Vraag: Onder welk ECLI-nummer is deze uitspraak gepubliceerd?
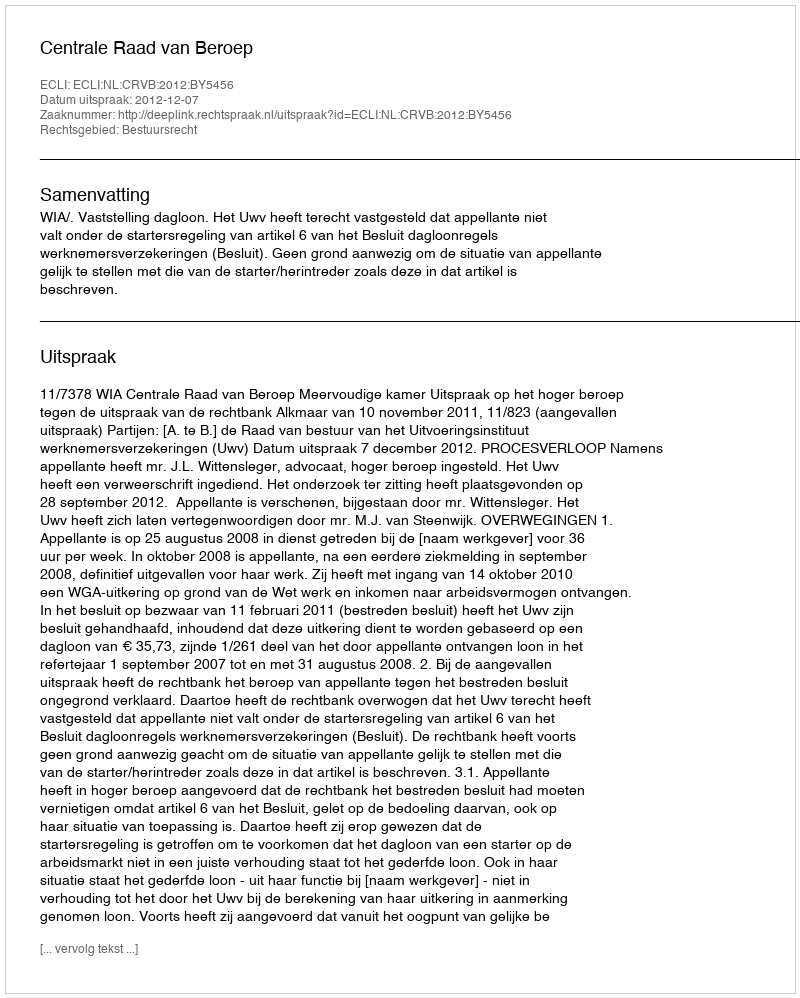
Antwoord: ECLI:NL:CRVB:2012:BY5456